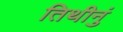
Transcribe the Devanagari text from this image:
तिथीनुं